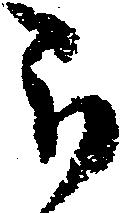
被